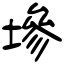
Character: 墋